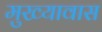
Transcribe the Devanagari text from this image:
मुख्यावास